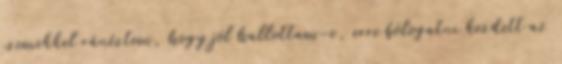
szemekkel ránéztem, hogy jól hallottam-e, erre bólogatni kezdett az